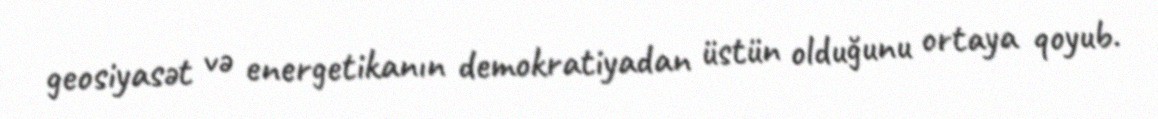
geosiyasət və energetikanın demokratiyadan üstün olduğunu ortaya qoyub.